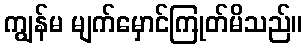
ကျွန်မ မျက်မှောင်ကြုတ်မိသည်။